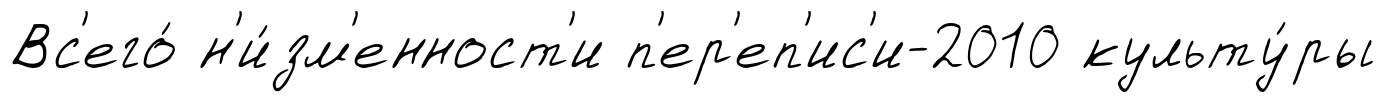
Вс'его́ н'и́зм'енност'и п'ер'еп'ис'и-2010 культу́ры